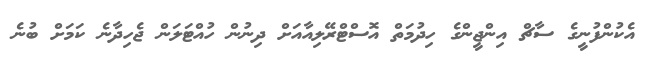
އެކުންފުނީގެ ސާޗް އިންޖީންގެ ހިދުމަތް އޮސްޓްރޭލިއާއަށް ދިނުން ހުއްޓަލަން ޖެހިދާނެ ކަމަށް ބުނެ